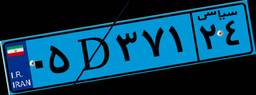
۰۵D۳۷۱۲۴